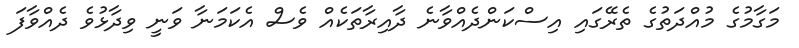
މަގާމުގެ މުއްދަތުގެ ތެރޭގައި އިސްކަންދެއްވާނެ ދާއިރާތަކެއް ވެސް އެކަމަނާ ވަނީ ވިދާޅުވެ ދެއްވާފަ